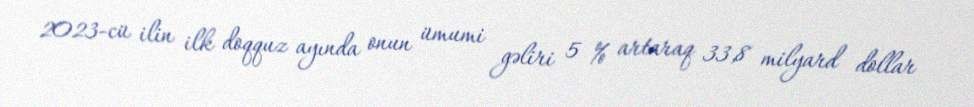
2023-cü ilin ilk doqquz ayında onun ümumi gəliri 5 % artaraq 33,8 milyard dollar